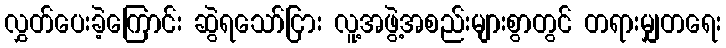
လွှတ်ပေးခဲ့ကြောင်း ဆွဲရသော်ငြား လူ့အဖွဲ့အစည်းများစွာတွင် တရားမျှတရေး